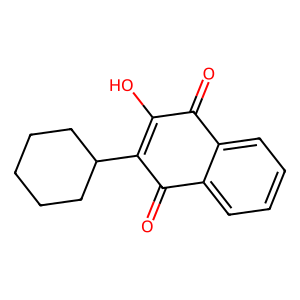
SMILES: O=C1C(O)=C(C2CCCCC2)C(=O)c2ccccc21
Inhibits HIV replication: No